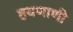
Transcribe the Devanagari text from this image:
हयणाणी